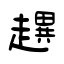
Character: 趩